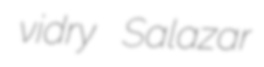
vidry Salazar